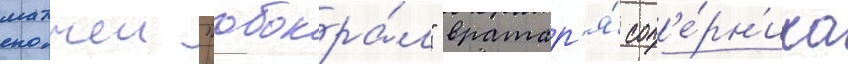
матчеи "обокра́л" вратар'я́ соп'е́рн'ика